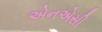
એનએસી